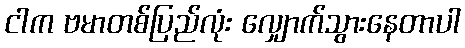
ငါက ဗမာတစ်ပြည်လုံး လျှောက်သွားနေတာပါ